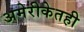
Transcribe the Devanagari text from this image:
अमेरीकेतही